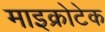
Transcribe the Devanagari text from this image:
माइक्रोटेक